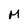
Character: M